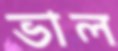
ভাল